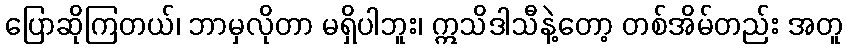
ပြောဆိုကြတယ်၊ ဘာမှလိုတာ မရှိပါဘူး၊ ဣသိဒါသီနဲ့တော့ တစ်အိမ်တည်း အတူ